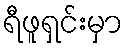
ရီဖူရှင်းမှာ